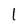
Character: l